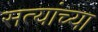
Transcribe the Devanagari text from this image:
सत्यांच्या